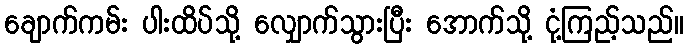
ချောက်ကမ်း ပါးထိပ်သို့ လျှောက်သွားပြီး အောက်သို့ ငုံ့ကြည့်သည်။